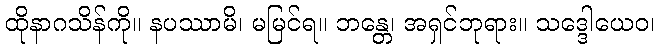
ထိုနာဂသိန်ကို။ နပဿာမိ၊ မမြင်ရ။ ဘန္တေ၊ အရှင်ဘုရား။ သဒ္ဒေါယေဝ၊